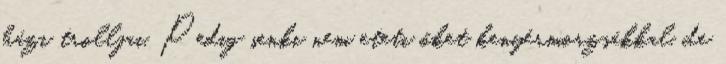
házi trolljai. Pedig senki nem eteti őket kenyérmorzsákkal, de